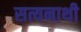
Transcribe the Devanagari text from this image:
सत्यनाथी